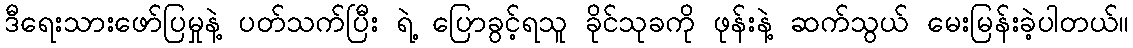
ဒီရေးသားဖော်ပြမှုနဲ့ ပတ်သက်ပြီး ရဲ့ ပြောခွင့်ရသူ ခိုင်သုခကို ဖုန်းနဲ့ ဆက်သွယ် မေးမြန်းခဲ့ပါတယ်။